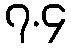
၇.၄